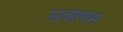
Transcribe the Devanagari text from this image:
सक्श्यम